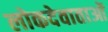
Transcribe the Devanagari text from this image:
लोकदेवाताओं